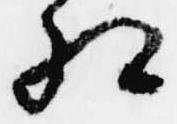
相